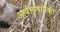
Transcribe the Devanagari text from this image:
आर्यभाषांपैकी